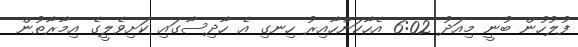
ފުލުހުން ބުނީ މިއަދު 6:02 އެހާކަންހާއިރު ހިނގި އެ ހާދިސާގައި ކަށިވެލީގެ އިމާރާތުން